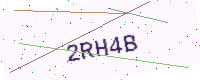
Text: 2RH4B